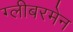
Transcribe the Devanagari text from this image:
ग्लीबरमेन